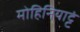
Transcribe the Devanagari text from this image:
मोहिनियाट्टं